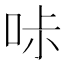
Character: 𠱙